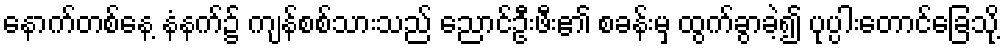
နောက်တစ်နေ့ နံနက်၌ ကျန်စစ်သားသည် ညောင်ဦးဖီး၏ စခန်းမှ ထွက်ခွာခဲ့၍ ပုပ္ပါးတောင်ခြေသို့